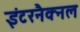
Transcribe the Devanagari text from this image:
इंटरनैक्नल